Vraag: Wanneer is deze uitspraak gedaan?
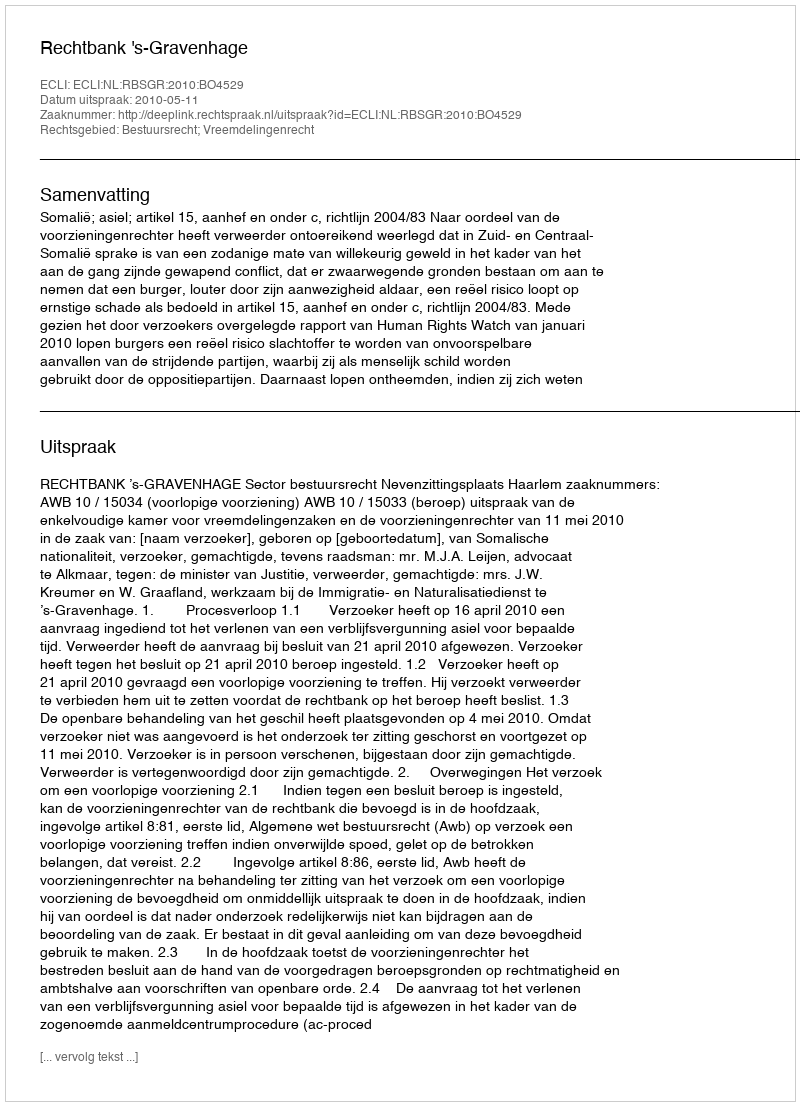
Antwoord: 2010-05-11